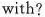
with？